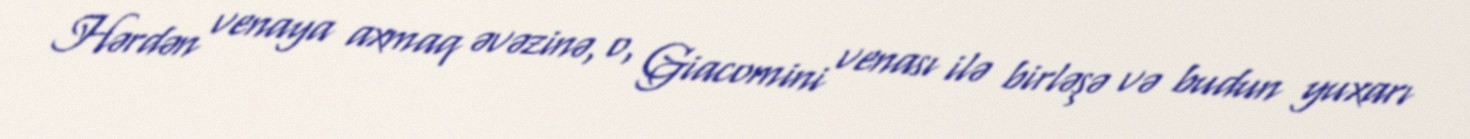
Hərdən venaya axmaq əvəzinə, o, Giacomini venası ilə birləşə və budun yuxarı